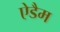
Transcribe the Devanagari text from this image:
ऐडैम